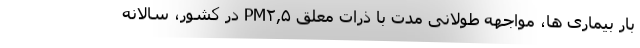
بار بیماری ها، مواجهه طولانی مدت با ذرات معلق PM۲,۵ در کشور، سالانه